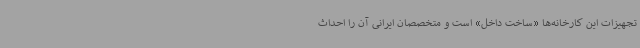
تجهیزات این کارخانه‌ها «ساخت داخل» است و متخصصان ایرانی آن را احداث